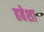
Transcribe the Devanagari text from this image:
हबेशा